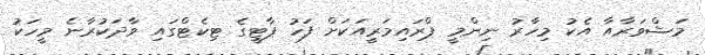
މަޝްވަރާއާ އެކު މިހާރު ނިންމީ ޕްރައިމަރީއަކަށް ފަހު ޕާޓީގެ ޓިކެޓްގައި ވާދަކުރާނެ މީހަކު